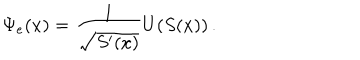
\Psi _ { e } ( x ) = \frac { 1 } { \sqrt { S ^ { \prime } ( x ) } } U ( S ( x ) ) \, .